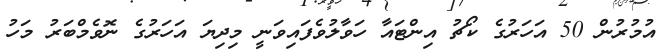
އުމުރުން 50 އަހަރުގެ ކޯޗު އިންޓައާ ހަވާލުވެފައިވަނީ މިދިޔަ އަހަރުގެ ނޮވެމްބަރު މަހު